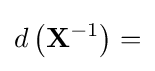
d\left(\mathbf {X} ^{-1}\right)=